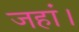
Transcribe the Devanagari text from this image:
जहां।